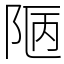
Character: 𨹟